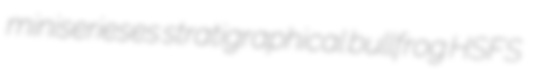
miniserieses stratigraphical bullfrog HSFS